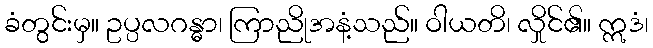
ခံတွင်းမှ။ ဥပ္ပလဂန္ဓာ၊ ကြာညိုအနံ့သည်။ ဝါယတိ၊ လှိုင်၏။ ဣဒံ၊